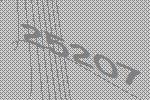
25207